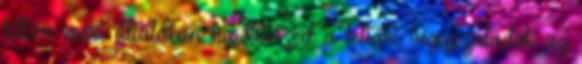
leltár, mert általában ha kiteszed a leltárt végigszaladok az